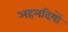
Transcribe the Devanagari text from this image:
अहमदियों